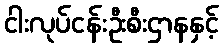
ငါးလုပ်ငန်းဦးစီးဌာနနှင့်